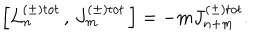
\left[ L _ { n } ^ { \left( \pm \right) t o t } \, , \, J _ { m } ^ { \left( \pm \right) t o t } \, \right] = - m J _ { n + m } ^ { \left( \pm \right) t o t } .